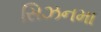
સિઝનમા